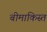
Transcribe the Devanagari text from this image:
बीमाकिस्त